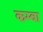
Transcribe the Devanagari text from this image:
कम्बा